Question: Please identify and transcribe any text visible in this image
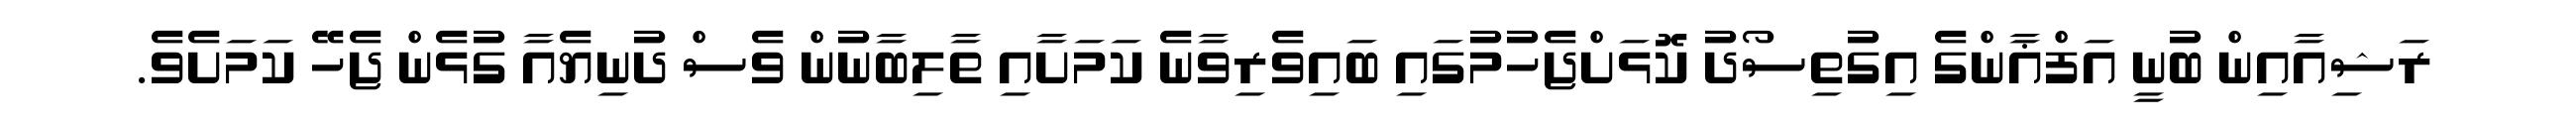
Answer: ރަޝިއާއިން ބުނީ އަފްޣާންގެ އިގުތިސޯދު ކޮޅަށްޖެހުމުގައި ބައިވެރިވާނެ ކަމަށާއި ތާލިބާނުން ވެސް ދުނިޔެއާ ގުޅެން ޖެހޭ ކަމަށެވެ.